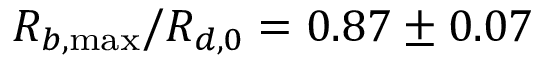
R _ { b , \operatorname* { m a x } } / R _ { d , 0 } = 0 . 8 7 \pm 0 . 0 7